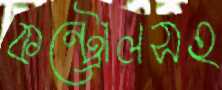
কন্ট্রোলসহ